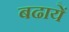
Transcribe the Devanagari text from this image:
बढायें